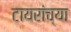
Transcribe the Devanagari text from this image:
टायरांच्या